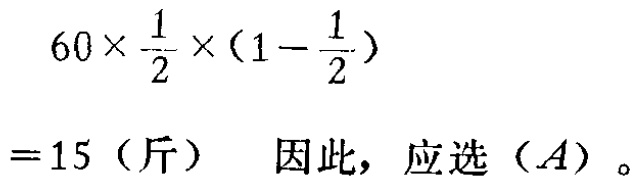
\[

\begin{align*}

&60\times\frac{1}{2}\times(1 - \frac{1}{2})\\

=&15 \text{（斤）} \quad \text{因此，应选（}A\text{）。}

\end{align*}

\]